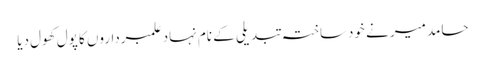
حامد میر نے خودساختہ تبدیلی کے نام نہاد علمبرداروں کا پول کھول دیا